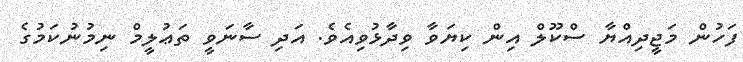
ފަހުން މަޖީދިއްޔާ ސްކޫލް އިން ކިޔަވާ ވިދާޅުވިއެވެ. އަދި ސާނަވީ ތަޢުލީމް ނިމުނުކަމުގެ